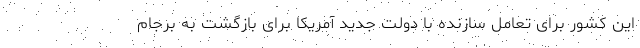
این کشور برای تعامل سازنده با دولت جدید آمریکا برای بازگشت به برجام